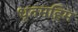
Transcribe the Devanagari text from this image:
धृतमहिम